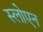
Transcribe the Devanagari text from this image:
स्लोएन